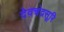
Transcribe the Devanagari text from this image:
देवचंद्रसूरि